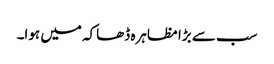
سب سے بڑا مظاہرہ ڈھاکہ میں ہوا۔